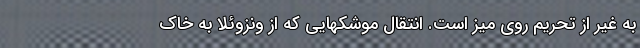
به غیر از تحریم روی میز است. انتقال موشکهایی که از ونزوئلا به خاک